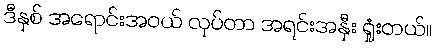
ဒီနှစ် အရောင်းအဝယ် လုပ်တာ အရင်းအနှီး ရှုံးတယ်။